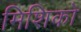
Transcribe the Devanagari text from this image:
मिशिको